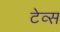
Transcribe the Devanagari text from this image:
टेव्स